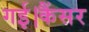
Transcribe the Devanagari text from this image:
गई।कैंसर